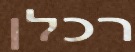
רכלן